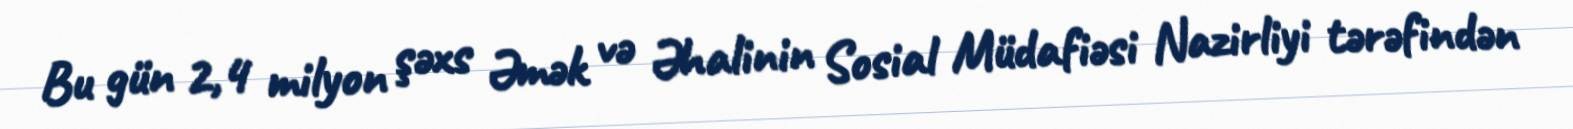
Bu gün 2,4 milyon şəxs Əmək və Əhalinin Sosial Müdafiəsi Nazirliyi tərəfindən